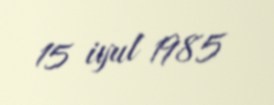
15 iyul 1985